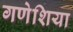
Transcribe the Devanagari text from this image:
गणेशिया